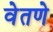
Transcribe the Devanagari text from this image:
वेतणे